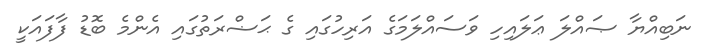
ނަބިއްޔާ ޞައްލަ ޢަލައިހި ވަސައްލަމަގެ އަރިހުގައި ގެ ޙަޟްރަތުގައި އެންމެ ބޮޑު ފާފައަކީ